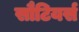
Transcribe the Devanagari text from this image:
सौटियर्स